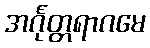
အင်္ဂုတ္တရာဂမေ